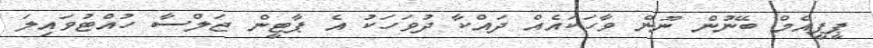
ޕީޕީއެމް ބޭނުން ނޫން ވާހަކައެއް ދައްކާ ދުވަހަކު އެ ޕާޓީން ޖަލްސާ ހުއްޓުވައިލަ